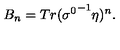
B _ { n } = T r ( { \sigma ^ { 0 } } ^ { - 1 } \eta ) ^ { n } .